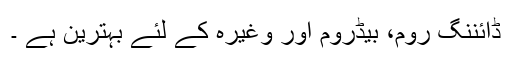
ڈائننگ روم، بیڈروم اور وغیرہ کے لئے بہترین ہے ۔